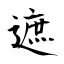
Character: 遮